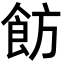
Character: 𩚠